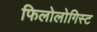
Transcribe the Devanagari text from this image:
फिलोलोगिस्ट